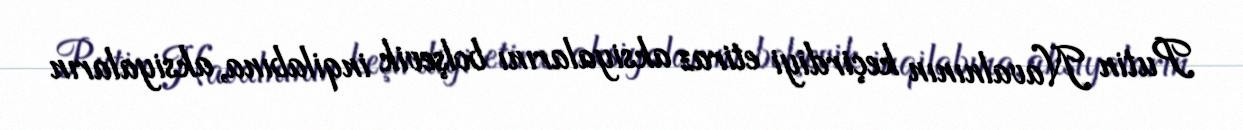
Putin Navalnının keçirdiyi etiraz aksiyalarını bolşevik inqilabına, aksiyaların